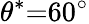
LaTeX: \theta^{\ast}{=}60^{\circ}